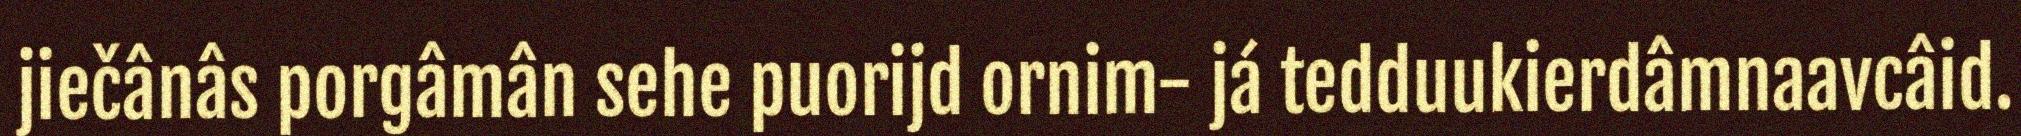
jiečânâs porgâmân sehe puorijd ornim- já tedduukierdâmnaavcâid.